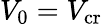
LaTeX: V_{0}=V_{\mathrm{cr}}